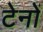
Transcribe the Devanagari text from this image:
टेनों